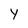
Character: Y